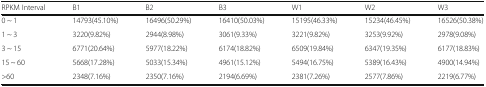
<table><thead><tr><td><b>RPKM Interval</b></td><td><b>B1</b></td><td><b>B2</b></td><td><b>B3</b></td><td><b>W1</b></td><td><b>W2</b></td><td><b>W3</b></td></tr></thead><tbody><tr><td>0 ~ 1</td><td>14793(45.10%)</td><td>16496(50.29%)</td><td>16410(50.03%)</td><td>15195(46.33%)</td><td>15234(46.45%)</td><td>16526(50.38%)</td></tr><tr><td>1 ~ 3</td><td>3220(9.82%)</td><td>2944(8.98%)</td><td>3061(9.33%)</td><td>3221(9.82%)</td><td>3253(9.92%)</td><td>2978(9.08%)</td></tr><tr><td>3 ~ 15</td><td>6771(20.64%)</td><td>5977(18.22%)</td><td>6174(18.82%)</td><td>6509(19.84%)</td><td>6347(19.35%)</td><td>6177(18.83%)</td></tr><tr><td>15 ~ 60</td><td>5668(17.28%)</td><td>5033(15.34%)</td><td>4961(15.12%)</td><td>5494(16.75%)</td><td>5389(16.43%)</td><td>4900(14.94%)</td></tr><tr><td>&gt;60</td><td>2348(7.16%)</td><td>2350(7.16%)</td><td>2194(6.69%)</td><td>2381(7.26%)</td><td>2577(7.86%)</td><td>2219(6.77%)</td></tr></tbody></table>